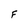
Character: F